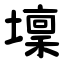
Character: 壈